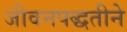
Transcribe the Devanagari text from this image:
जीवनपद्धतीने